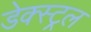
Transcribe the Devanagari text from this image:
डेक्स्ट्रल